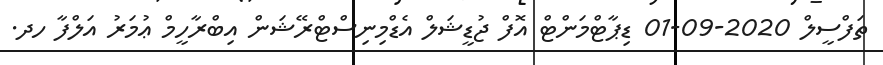
ތަފްސީލް 2020-09-01 ޑިޕާޓްމަންޓް އޮފް ޖުޑީޝަލް އެޑްމިނިސްޓްރޭޝަން އިބްރާހީމް ޢުމަރު އަލްފާ ހދ.